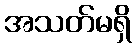
အသတ်မရှိ